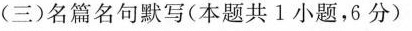
(三)名篇名句默写(本题共1小题，6分)